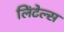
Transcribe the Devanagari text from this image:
लिंटेल्स